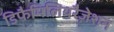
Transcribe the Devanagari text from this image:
डिफैमिलियरैज़ेशन